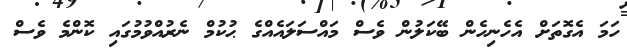
ހަމަ އެގޮތަށް އެހެނިހެން ބޭކަލުން ވެސް މައްސަލައެއްގެ ޙުކުމް ނެރުއްވުމުގައި ކޮންމެ ވެސް